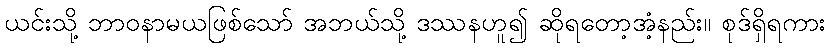
ယင်းသို့ ဘာဝနာမယဖြစ်သော် အဘယ်သို့ ဒဿနဟူ၍ ဆိုရတော့အံ့နည်း။ စုဒ်ရှိရကား